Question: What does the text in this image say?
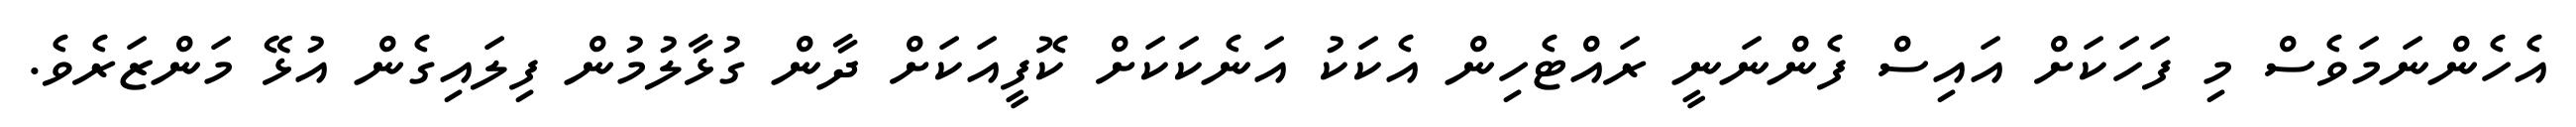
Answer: އެހެންނަމަވެސް މި ފަހަކަށް އައިސް ފެންނަނީ ރައްޓެހިން އެކަކު އަނެކަކަށް ކޮފީއަކަށް ދާން ގުޅާލުމުން ފިލައިގެން އުޅޭ މަންޒަރެވެ.